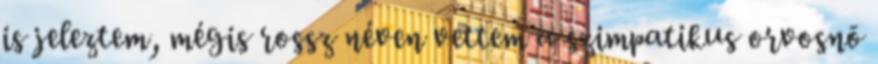
is jeleztem, mégis rossz néven vettem a szimpatikus orvosnõ